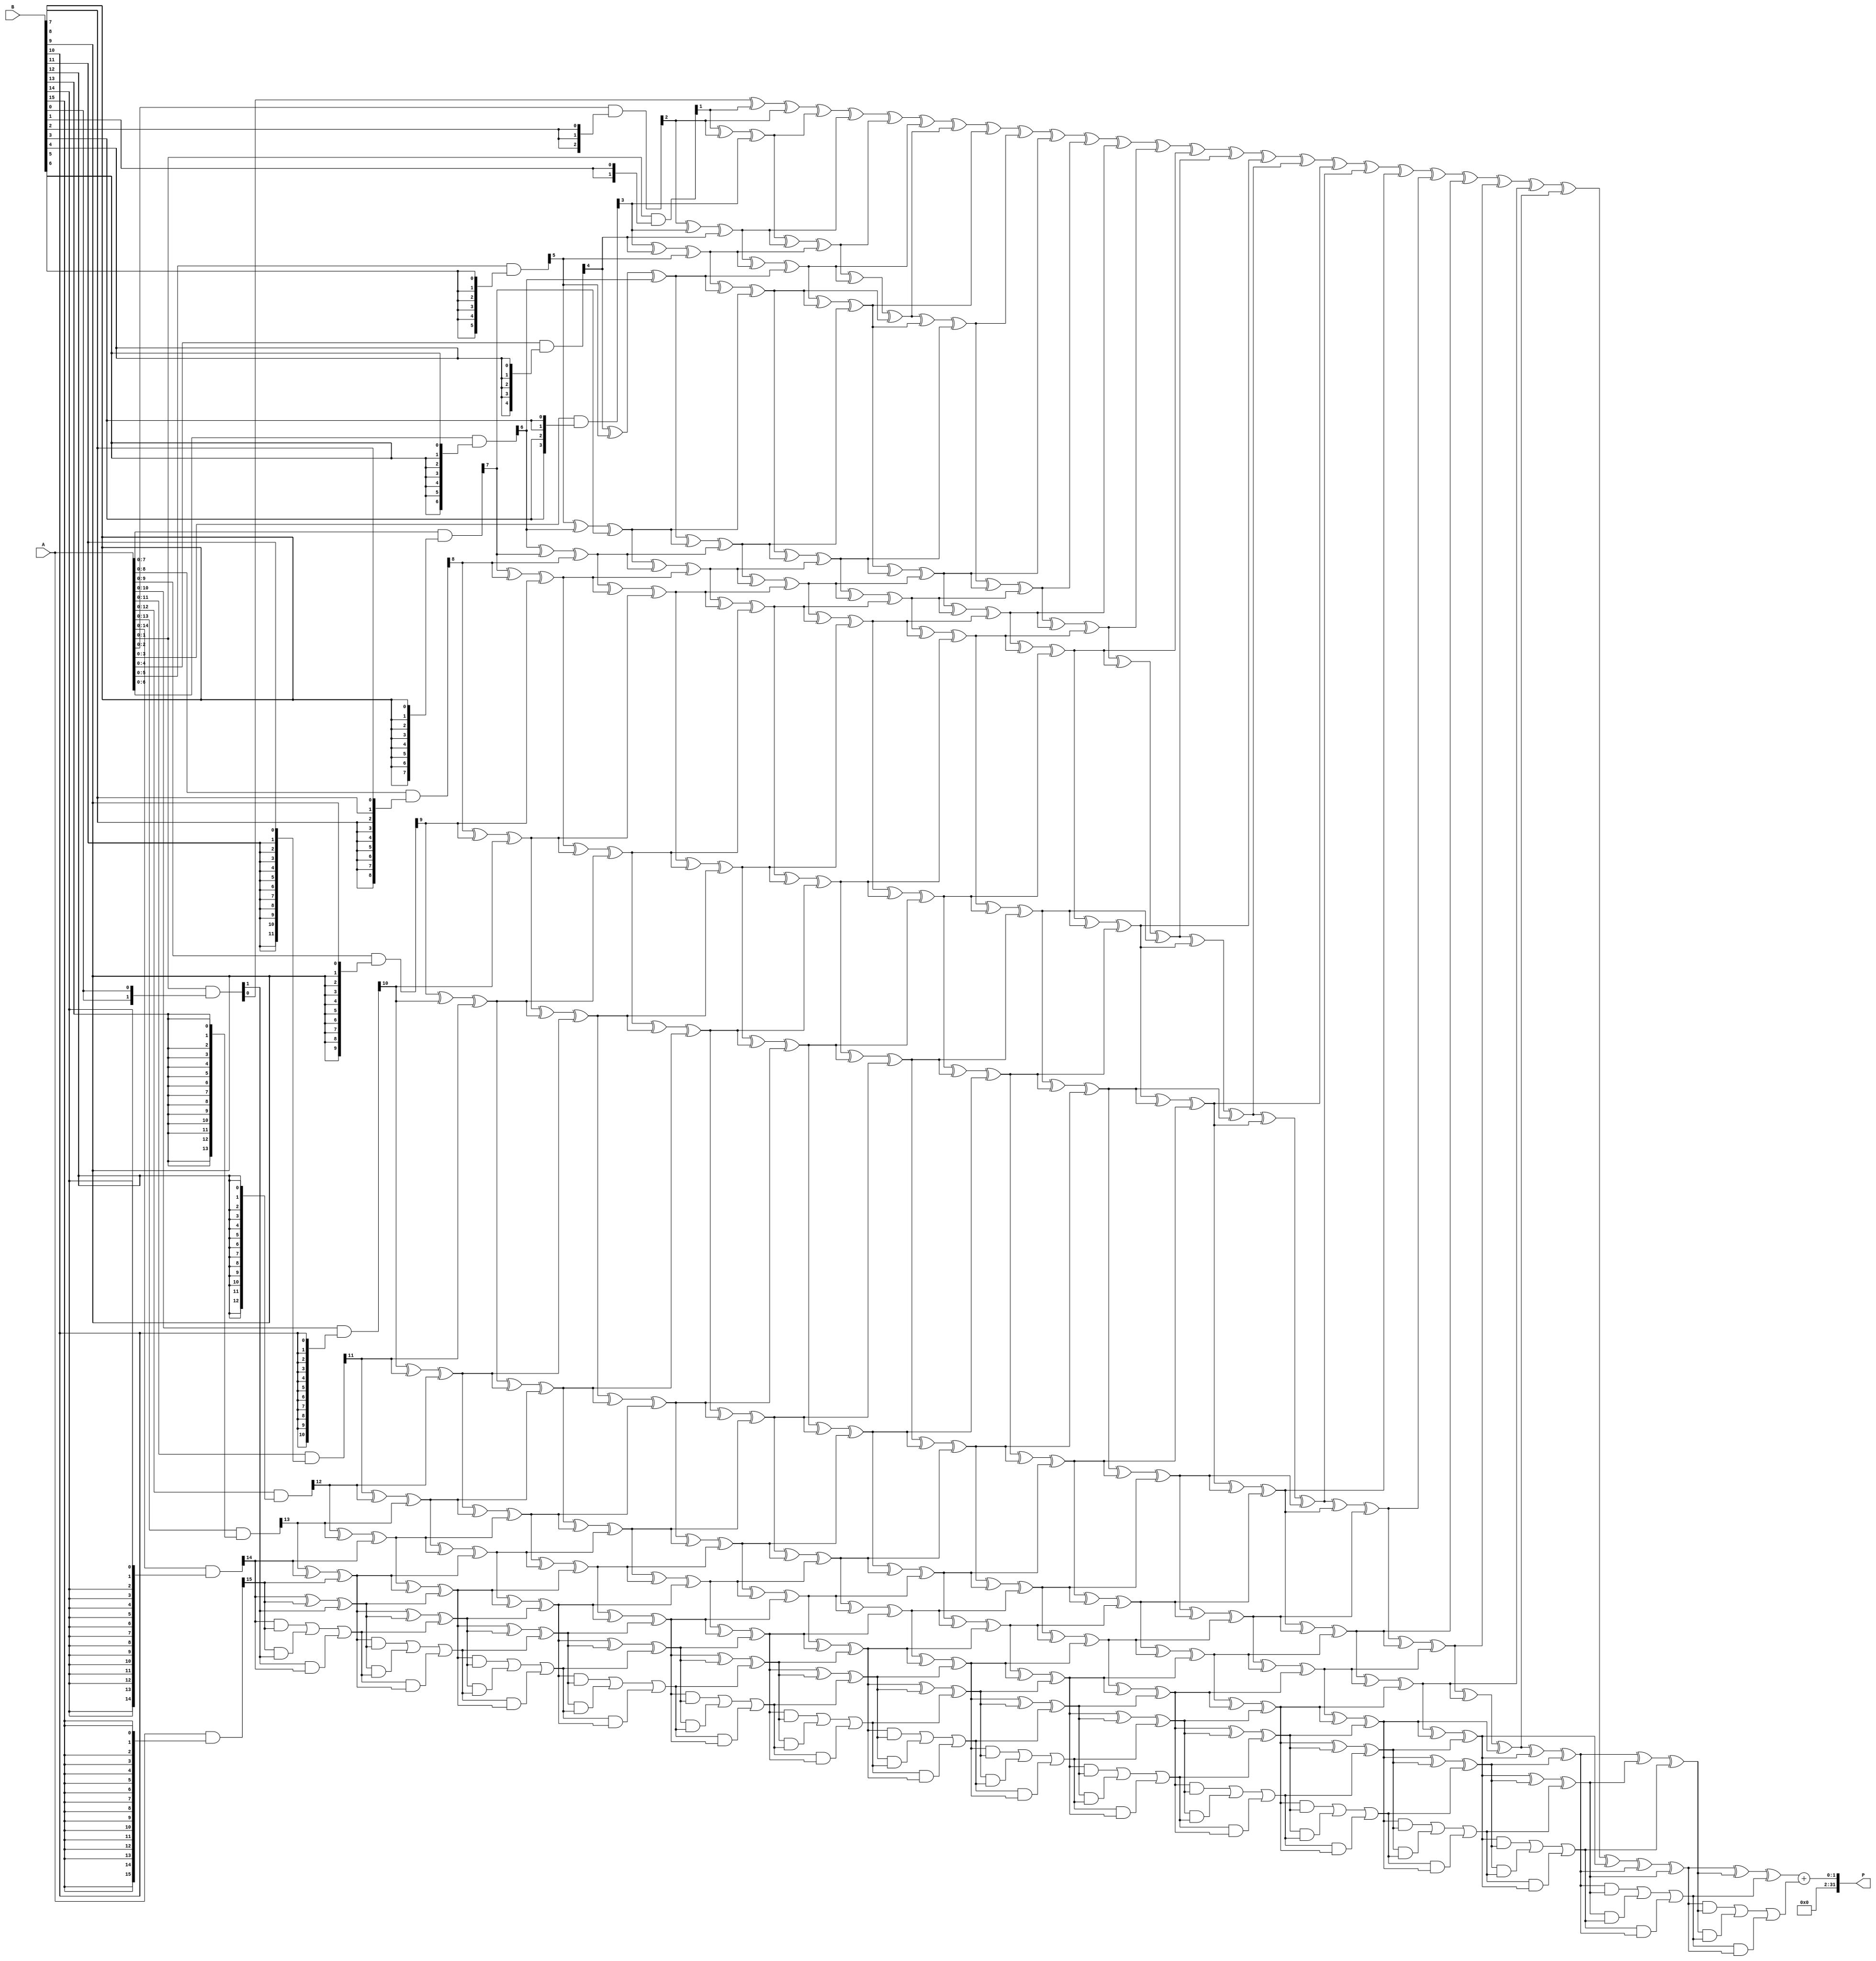
module WallaceTreeMultiplier #(
    parameter WIDTH = 16  // Adjustable bit-width for input operands
)(
    input  wire [WIDTH-1:0] A,  // Multiplicand
    input  wire [WIDTH-1:0] B,  // Multiplier
    output wire [2*WIDTH-1:0] P // Product
);

    wire [WIDTH-1:0] pp [WIDTH-1:0]; // Partial products
    wire [2*WIDTH-1:0] sum [WIDTH:0]; // Sums from Wallace tree

    // Generate Partial Products
    genvar i;
    generate
        for (i = 0; i < WIDTH; i = i + 1) begin : partial_products
            assign pp[i] = A & {WIDTH{B[i]}};
        end
    endgenerate

    // Wallace Tree Reduction
    // Level 0: Initial Stage
    // Combine the partial products in a Wallace tree manner
    generate
        for (i = 0; i < WIDTH; i = i + 1) begin : level_0
            assign sum[0][i] = pp[i][i]; // Take the i-th bit from each partial product
            assign sum[0][WIDTH + i] = pp[i][i + 1]; // Shifted partial product
        end
    endgenerate

    // Additional levels of reduction
    genvar j;
    generate
        for (j = 1; j < WIDTH; j = j + 1) begin : reduction_levels
            // Full Adder and Half Adder Logic
            // This is a simplified version. In a complete implementation, you would need to handle carry bits and additional logic.
            for (i = 0; i < (WIDTH - j); i = i + 1) begin : adders
                wire a, b, c;
                assign a = sum[j-1][i];
                assign b = sum[j-1][i + 1];
                assign c = sum[j-1][i + 2];

                // Full adder for three inputs
                assign sum[j][i] = a ^ b ^ c; // Sum output
                assign sum[j][i + 1] = (a & b) | (b & c) | (c & a); // Carry output
            end
        end
    endgenerate

    // Final Stage: Sum the last two remaining numbers
    wire [2*WIDTH-1:0] final_sum;
    assign final_sum = sum[WIDTH-1][0] + sum[WIDTH-1][1];

    // Assign the final product output
    assign P = final_sum;

endmodule